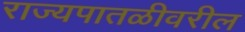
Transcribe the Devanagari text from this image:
राज्यपातळीवरील